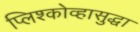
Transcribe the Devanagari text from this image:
प्लिश्कोव्हासुद्धा